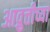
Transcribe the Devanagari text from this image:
आव्रुत्तीच्या